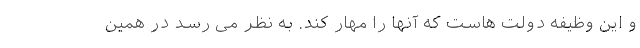
و این وظیفه دولت هاست که آنها را مهار کند. به نظر می رسد در همین